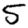
Digit: 5